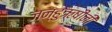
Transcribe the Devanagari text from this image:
जन्हुऋषींनी